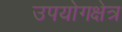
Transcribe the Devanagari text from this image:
उपयोगक्षेत्र